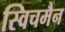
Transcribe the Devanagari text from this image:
स्विचमैन